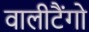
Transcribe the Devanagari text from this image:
वालीटैंगो